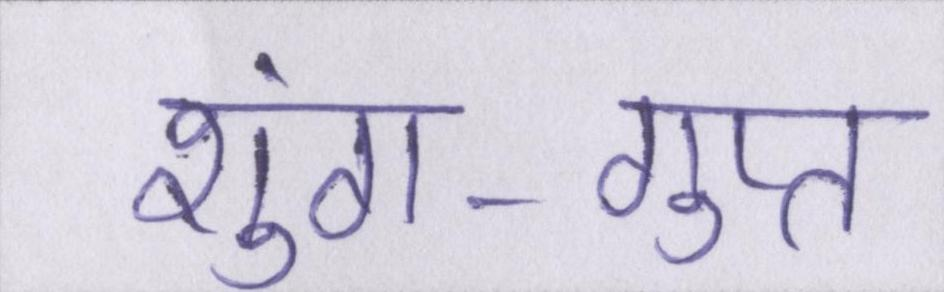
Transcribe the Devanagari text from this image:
शुंग-गुप्त